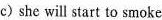
c) she will start to smoke